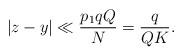
LaTeX: \begin{align*}|z-y| \ll \frac{p_1qQ}{N} = \frac{q}{QK}.\end{align*}